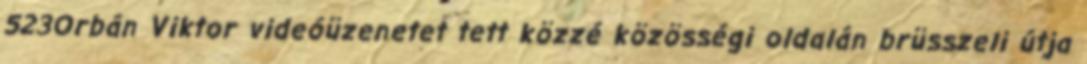
523Orbán Viktor videóüzenetet tett közzé közösségi oldalán brüsszeli útja